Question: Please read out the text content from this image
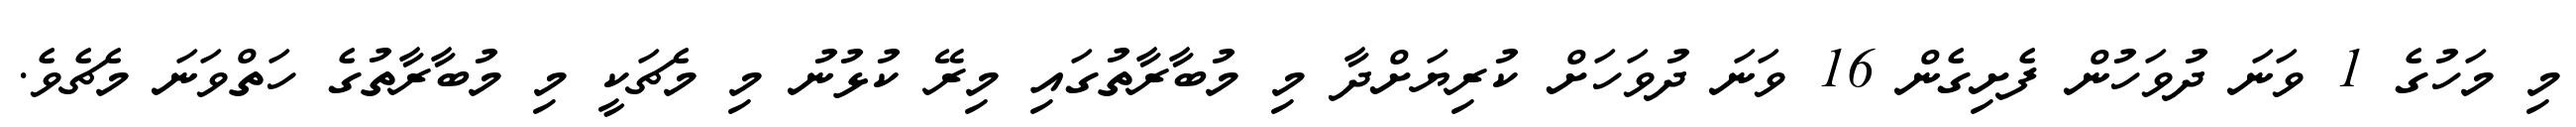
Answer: މި މަހުގެ 1 ވަނަ ދުވަހުން ފެށިގެން 16 ވަނަ ދުވަހަށް ކުރިޔަށްދާ މި މުބާރާތުގައި މިރޭ ކުޅުނު މި މެޗަކީ މި މުބާރާތުގެ ހަތްވަނަ މެޗެވެ.